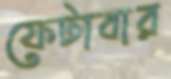
ফেটাবার